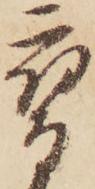
鷹